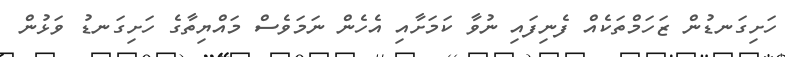
ހަށިގަނޑުން ޒަހަމްތަކެއް ފެނިފައި ނުވާ ކަމަށާއި އެހެން ނަމަވެސް މައްޔިތާގެ ހަށިގަނޑު ވަޅުން